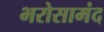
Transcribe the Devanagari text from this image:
भरोसामंद